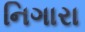
નિગારા